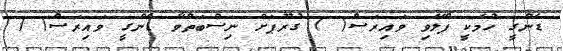
ޑެންގީ ހުމަކީ ފްލޭވި ވައިރަސް( ) ގުރޫޕަށް ނިސްބަތްވާ ޑެންގީ ވައިރަސް( )